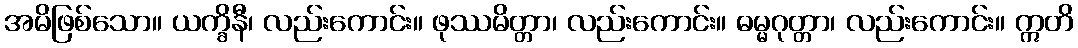
အမိဖြစ်သော။ ယက္ခိနီ၊ လည်းကောင်း။ ဖုဿမိတ္တာ၊ လည်းကောင်း။ ဓမ္မဂုတ္တာ၊ လည်းကောင်း။ ဣတိ